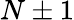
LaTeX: N\pm 1